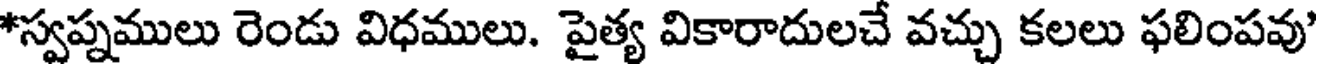
*స్వప్నములు రెండు విధములు. పైత్య వికారాదులచే వచ్చు కలలు ఫలింపవు